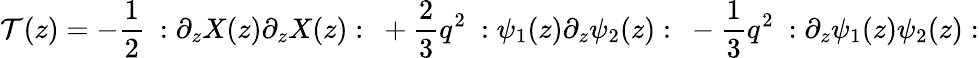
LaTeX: \mathcal{T}(z)=-{\frac{{1}}{{2}}}~:\partial_{z}X(z)\partial_{z}X(z):~+{\frac{{2}}{{3}}}q^{2}~:\psi_{1}(z)\partial_{z}\psi_{2}(z):~-{\frac{{1}}{{3}}}q^{2}~:\partial_{z}\psi_{1}(z)\psi_{2}(z):